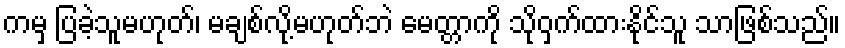
ကမှ ပြခဲ့သူမဟုတ်၊ မချစ်လို့မဟုတ်ဘဲ မေတ္တာကို သိုဝှက်ထားနိုင်သူ သာဖြစ်သည်။